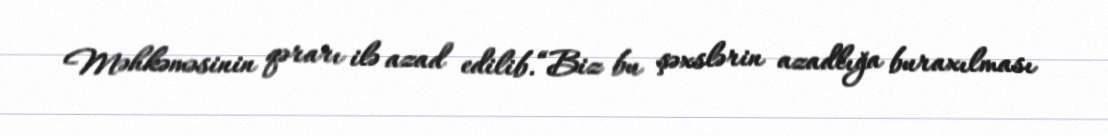
Məhkəməsinin qərarı ilə azad edilib.“Biz bu şəxslərin azadlığa buraxılması